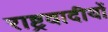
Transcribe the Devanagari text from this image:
राष्ट्रवादीयों